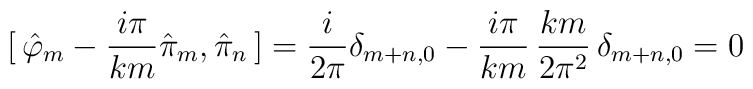
[ \,	\hat{\varphi}_m - \frac{i \pi}{km} \hat{\pi}_m ,	\hat{\pi}_n	\, ]	=	\frac{i}{2 \pi} \delta_{m+n,0}	- \frac{i \pi}{km} \, \frac{km}{2 \pi^2} \, \delta_{m+n,0}	= 0